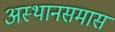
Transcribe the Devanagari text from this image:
अस्थानसमास